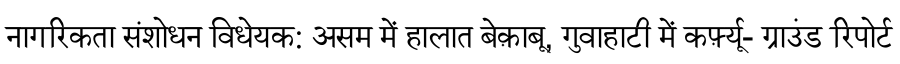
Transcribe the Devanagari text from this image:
नागरिकता संशोधन विधेयक: असम में हालात बेक़ाबू, गुवाहाटी में कर्फ़्यू- ग्राउंड रिपोर्ट